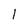
Character: 1